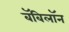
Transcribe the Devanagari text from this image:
बॅबिलॉन